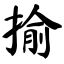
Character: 揄